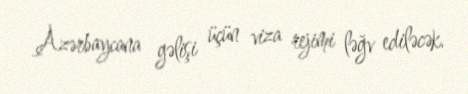
Azərbaycana gəlişi üçün viza rejimi ləğv ediləcək.